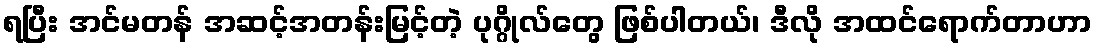
ရပြီး အင်မတန် အဆင့်အတန်းမြင့်တဲ့ ပုဂ္ဂိုလ်တွေ ဖြစ်ပါတယ်၊ ဒီလို အထင်ရောက်တာဟာ